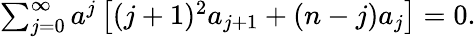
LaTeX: \begin{array}{r}{\sum_{j=0}^{\infty}a^{j}\left[(j+1)^{2}a_{j+1}+(n-j)a_{j}\right]=0.}\end{array}